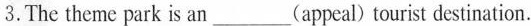
3.The theme park is an___(appeal) tourist destination.